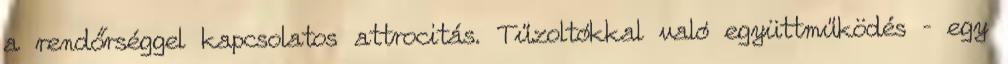
a rendőrséggel kapcsolatos attrocitás. Tűzoltókkal való együttműködés – egy